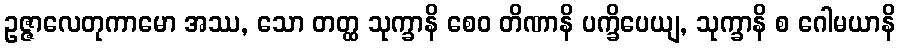
ဥဇ္ဇာလေတုကာမော အဿ, သော တတ္ထ သုက္ခာနိ စေဝ တိဏာနိ ပက္ခိပေယျ, သုက္ခာနိ စ ဂေါမယာနိ